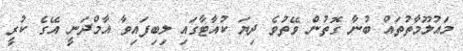
މައުލޫމާތުތައް ބުނާ ގޮތުން ވޭތުވެ ދިޔަ ކުއާޓާގައި ލިބިފައިވާ އާމްދަނީ އޭގެ ކުރީ